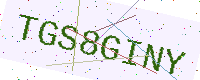
Text: TGS8GINY